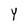
Character: Y